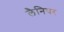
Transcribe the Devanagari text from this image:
लैनियर